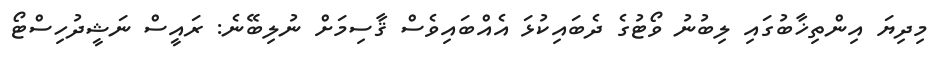
މިދިޔަ އިންތިޚާބުގައި ލިބުނު ވޯޓުގެ ދެބައިކުޅަ އެއްބައިވެސް ޤާސިމަށް ނުލިބޭނެ: ރައީސް ނަޝީދުހިސްޓޯ